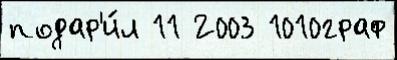
подар'и́л 11 2003 1010граф